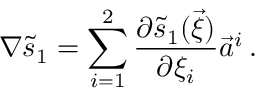
\nabla \tilde { s } _ { 1 } = \sum _ { i = 1 } ^ { 2 } \frac { \partial \tilde { s } _ { 1 } ( \vec { \xi } ) } { \partial \xi _ { i } } \vec { a } ^ { i } \, .